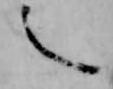
之